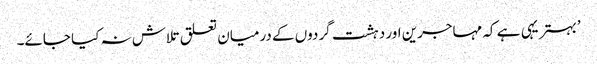
’بہتر یہی ہے کہ مہاجرین اور دہشت گردوں کے درمیان تعلق تلاش نہ کیا جائے۔